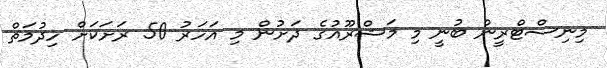
މިނިސްޓްރީން ބުނީ މި މަޝްރޫއުގެ ދަށުން މި އަހަރު 50 ރަށަކަށް ހިދުމަތް